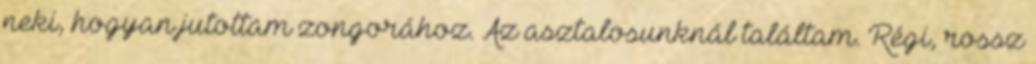
neki, hogyan jutottam zongorához. Az asztalosunknál találtam. Régi, rossz